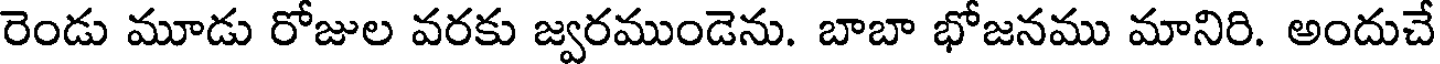
రెండు మూడు రోజుల వరకు జ్వరముండెను. బాబా భోజనము మానిరి. అందుచే